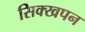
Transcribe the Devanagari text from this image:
सिक्खपन